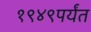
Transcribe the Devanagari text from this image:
१९४९पर्यंत